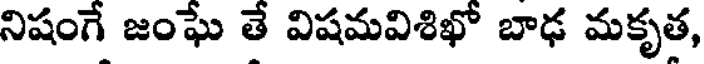
నిషంగే జంఘే తే విషమవిశిఖో బాఢ మకృత,